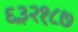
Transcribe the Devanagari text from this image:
६३२१८७